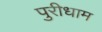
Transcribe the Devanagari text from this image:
पुरीधाम